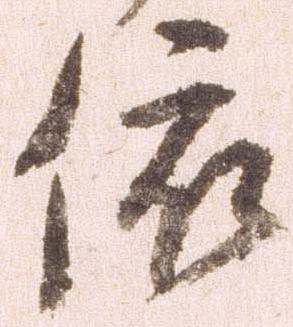
依